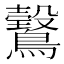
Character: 𱈿